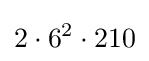
2\cdot 6^{2}\cdot 210